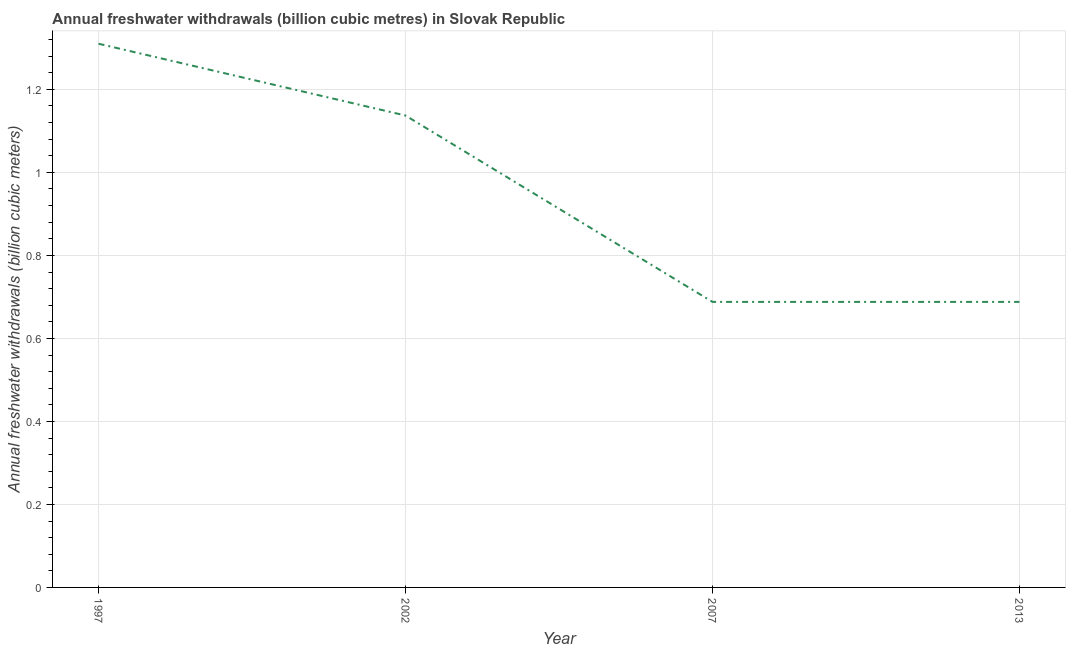
| Year | Annual freshwater withdrawals |
 | --- | --- |
 | 1997 | 1.31 |
 | 2002 | 1.14 |
 | 2007 | 0.688 |
 | 2013 | 0.688 |